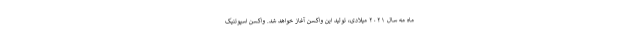
ماه مه سال ۲۰۲۱ میلادی، تولید این واکسن آغاز خواهد شد. واکسن اسپوتنیک